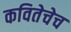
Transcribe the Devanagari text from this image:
कवितेचेच